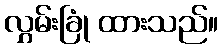
လွှမ်းခြုံ ထားသည်။